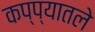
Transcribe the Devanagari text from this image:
कप्प्यातले